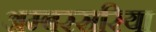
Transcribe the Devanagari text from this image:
अम्बरसरिया